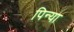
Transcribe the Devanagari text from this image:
पिन्या